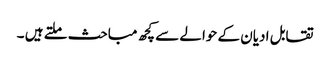
تقابل ادیان کے حوالے سے کچھ مباحث ملتے ہیں ۔